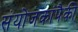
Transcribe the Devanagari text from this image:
संयोजकांपैकी